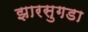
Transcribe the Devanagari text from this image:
झारसुगडा